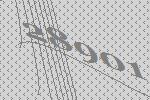
28901